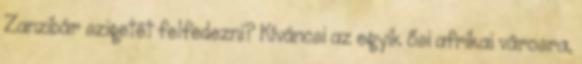
Zanzibár szigetét felfedezni? Kíváncsi az egyik ősi afrikai városra,